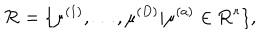
{ \cal R } = \{ \mu ^ { ( 1 ) } , \ldots , \mu ^ { ( D ) } | \mu ^ { ( a ) } \in { \bf R } ^ { r } \} ,